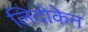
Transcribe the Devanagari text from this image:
लिदोकेन